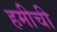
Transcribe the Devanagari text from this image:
हमीची